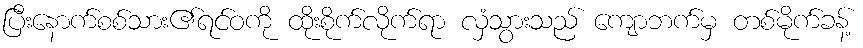
ပြီးနောက်စစ်သား၏ရင်ဝကို ထိုးစိုက်လိုက်ရာ လှံသွားသည် ကျောဘက်မှ တစ်မိုက်ခန့်